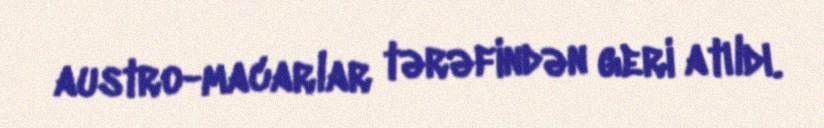
austro-macarlar tərəfindən geri atıldı.